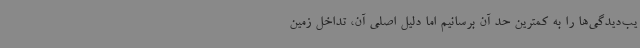
یب‌دیدگی‌ها را به کمترین حد آن برسانیم اما دلیل اصلی آن، تداخل زمین